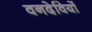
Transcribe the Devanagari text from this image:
वनदेवियों